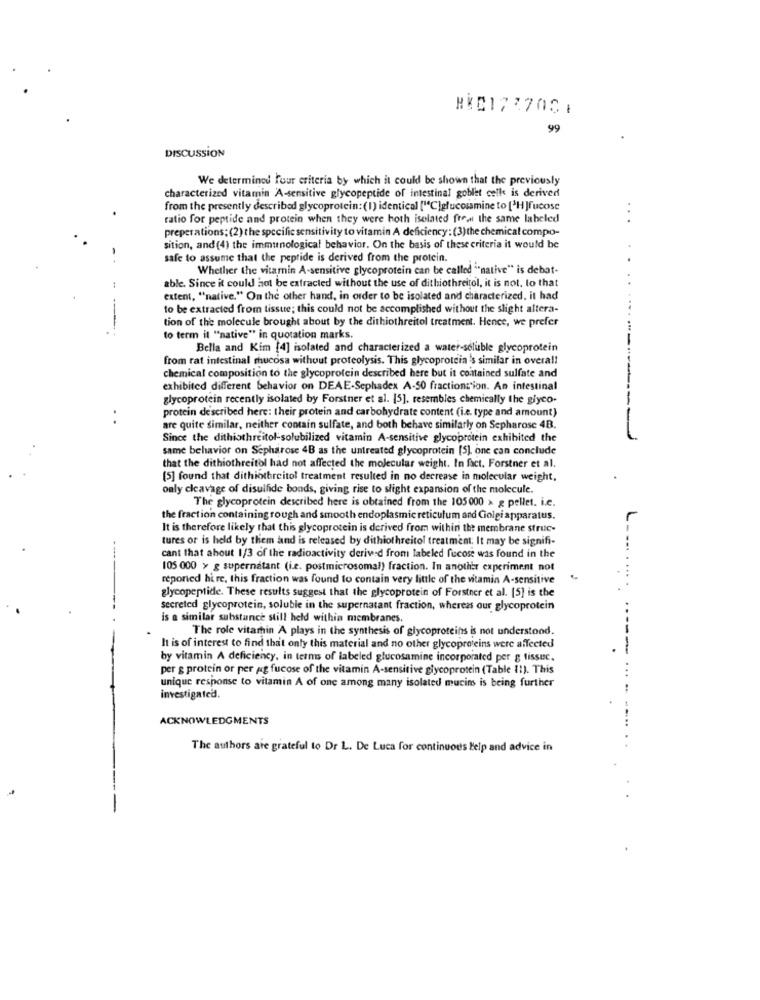
HKD177700
99
DISCUSSION
We determined Four criteria by which it could be shown that the previously
characterized vitamin A-sensitive glycopeptide of intestinal goblet celle is derived
from the presently described glycoprotein: (1) identical ["C]glucosamine to ['HJfucose
ratio for peptide and protein when they were both isolated fren the same labeled
. .
preperations; (2) the specific sensitivity to vitamin A deficiency: (3) the chemical compo-
sition, and (4) the immunological behavior. On the basis of these criteria it would be
safe to assume that the peptide is derived from the protein.
.
Whether the vitamin A-sensitive glycoprotein can be called ""native" is debat-
..
able. Since it could not be extracted without the use of dithiothreitol, it is not. to that
extent, "native." On the other hand, in order to be isolated and characterized, it had
to be extracted from tissue; this could not be accomplished without the slight altera-
tion of the molecule brought about by the dithiothreitol treatment. Hence, we prefer
to term it "native" in quotation marks.
Bella and Kim [4] isolated and characterized a water-soluble glycoprotein
from rat intestinal mucosa without proteolysis. This glycoprotein's similar in overall
chemical composition to the glycoprotein described here but it contained sulfate and
exhibited different behavior on DEAE-Sephadex A-50 fractioncion. An intestinal
glycoprotein recently isolated by Forstner et al. [5], resembles chemically the glyco.
protein described here: their protein and carbohydrate content (i.e. type and amount)
. .
are quite similar, neither contain sulfate, and both behave similarly on Sepharose 4B.
Since the dithiothreitol solubilized vitamin A-sensitive glycoprotein exhibited the
same behavior on Sepharose 4B as the untreated glycoprotein [5], one can conclude
that the dithiothreitol had not affected the molecular weight. In fact. Forstner et al.
[5] found that dithiotbreitol treatment resulted in no decrease in molecular weight,
only cleavage of disulfide bonds, giving rise to slight expansion of the molecule.
The glycoprotein described here is obtained from the 105000 x x pellet. i.c.
the fraction containing rough and smooth endoplasmic reticulum and Golgi apparatus.
L
It is therefore likely that this glycoprotein is derived from within the membrane struc-
tures or is held by them and is released by dithiothreitol treatment. It may be signifi-
cant that ahout 1/3 of the radioactivity derived from labeled fucose was found in the
105 000 > g supernatant (i.e. postmicrosomal) fraction. In another experiment not
reported hire, this fraction was found to contain very little of the vitamin A-sensitive
glycopeptide. These results suggest that the glycoprotein of Forstner et al. [5] is the
secreted glycoprotein, soluble in the supernatant fraction, whereas our glycoprotein
is a similar substance still held within membranes.
The role vitamin A plays in the synthesis of glycoproteins is not understood.
It is of interest to find that only this material and no other glycoproteins were affected
-----
by vitamin A deficiency, in terms of labeled glucosamine incorporated per g fissuc.
per g protein or per ag fucose of the vitamin A-sensitive glycoprotein (Table 11). This
unique response to vitamin A of one among many isolated mucins is being further
.....
investigated.
ACKNOWLEDGMENTS
The authors are grateful to Dr L. De Luca for continuous Help and advice in
. .